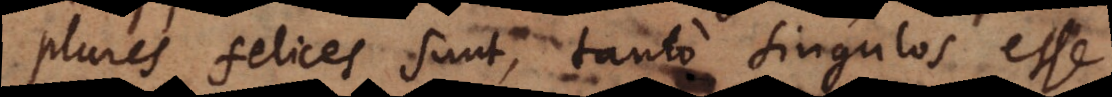
plures felices sunt, tanto singulos esse